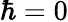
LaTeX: \hbar=0